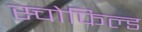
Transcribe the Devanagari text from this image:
स्चोफिल्ड